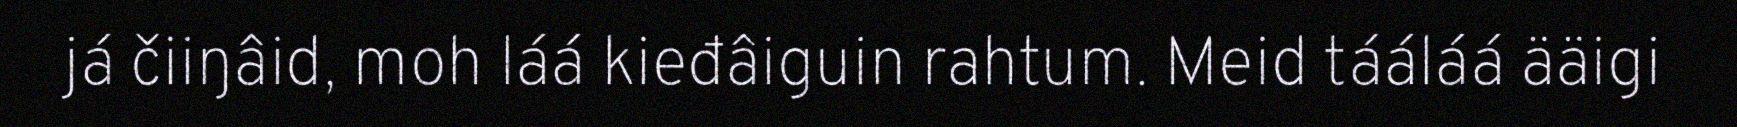
já čiiŋâid, moh láá kieđâiguin rahtum. Meid tááláá ääigi